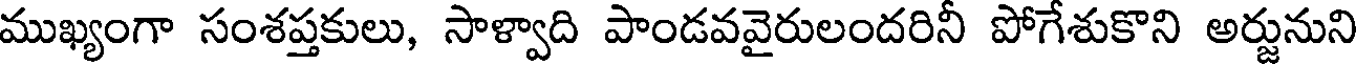
ముఖ్యంగా సంశప్తకులు, సాళ్వాది పాండవవైరులందరినీ పోగేశుకొని అర్జునుని